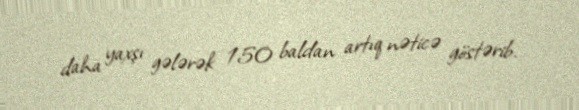
daha yaxşı gələrək 150 baldan artıq nəticə göstərib.